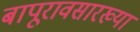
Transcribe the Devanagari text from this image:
बापूरावसारख्या